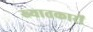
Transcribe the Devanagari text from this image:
ख्यातकारों